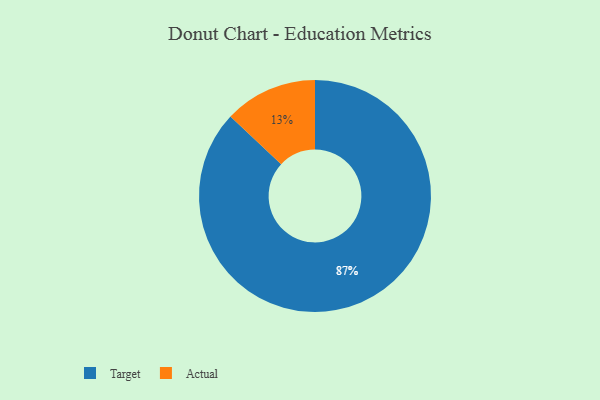
{"axis": {"x": "Category", "y": "Percentage"}, "legend": ["Actual", "Target"], "data": [{"x": "Target", "y": 87, "type": "Target"}, {"x": "Actual", "y": 13, "type": "Actual"}]}